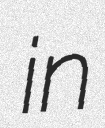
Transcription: in